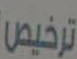
ترخيص